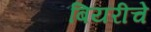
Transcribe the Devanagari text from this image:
बियरीचे